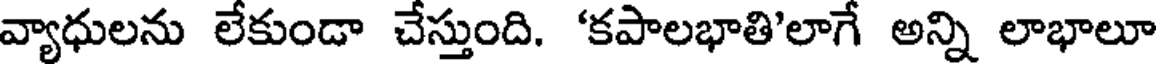
వ్యాధులను లేకుండా చేస్తుంది. 'కపాలభాతి'లాగే అన్ని లాభాలూ